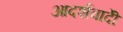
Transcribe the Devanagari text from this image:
आदर्शवादीें